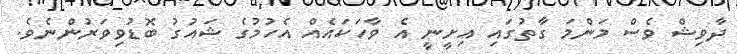
ދާވިޝް ވެސް މަންމަ ގާތުގައި އިށީނީ އެ ވާހަކައެއް އެހުމުގެ ޝައުގު ބޮޑުވިވަރުންނެވެ.